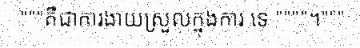
"""គឺជាការងាយស្រួលក្នុងការ ទេ """"។"""